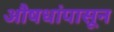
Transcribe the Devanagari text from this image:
औषधांपासून